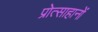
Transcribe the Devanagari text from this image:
प्रोत्साहानों